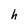
Character: h